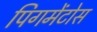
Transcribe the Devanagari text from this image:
पिगमेंटोस